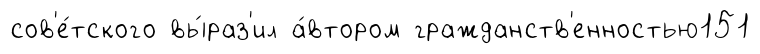
сов'е́тского вы́раз'ил а́втором гражданств'енностью151